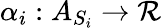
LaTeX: \alpha_{i}:A_{S_{i}}\rightarrow\mathcal{R}